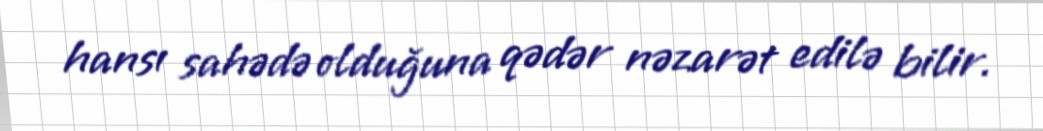
hansı sahədə olduğuna qədər nəzarət edilə bilir.